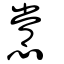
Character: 㦂